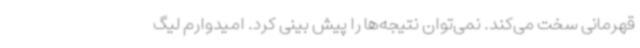
قهرمانی سخت می‌کند. نمی‌توان نتیجه‌ها را ‌پیش بینی کرد. امیدوارم لیگ